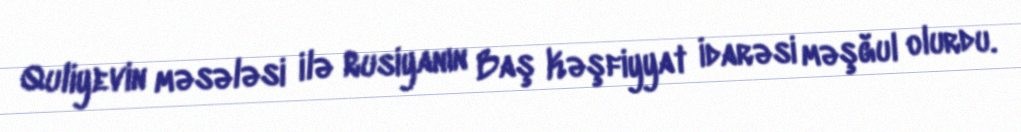
Quliyevin məsələsi ilə Rusiyanın Baş Kəşfiyyat İdarəsi məşğul olurdu.